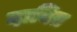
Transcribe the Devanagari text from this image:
दानित